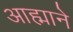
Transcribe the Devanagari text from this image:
आह्माने